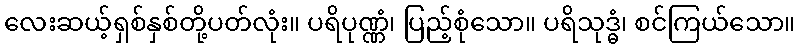
လေးဆယ့်ရှစ်နှစ်တို့ပတ်လုံး။ ပရိပုဏ္ဏံ၊ ပြည့်စုံသော။ ပရိသုဒ္ဓံ၊ စင်ကြယ်သော။